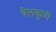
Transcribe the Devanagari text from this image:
बैलकुप्पॆ